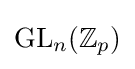
{\rm {GL}}_{n}(\mathbb {Z} _{p})